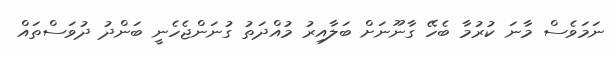
ނަމަވެސް މާނަ ކުރުމާ ބެހޭ ގާނޫނަށް ބަލާއިރު މުއްދަތު ގުނަންޖެހެނީ ބަންދު ދުވަސްތައް